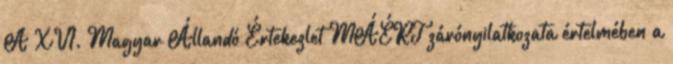
A XVI. Magyar Állandó Értekezlet MÁÉRT zárónyilatkozata értelmében a